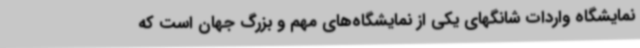
نمایشگاه واردات شانگهای یکی از نمایشگاه‌های مهم و بزرگ جهان است که